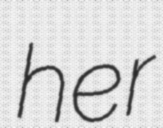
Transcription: her